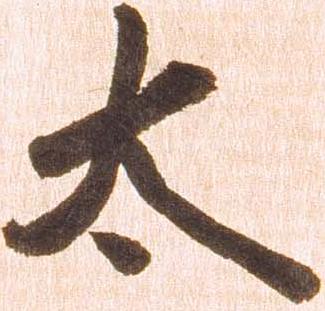
太